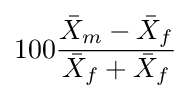
100{\frac {{\bar {X}}_{m}-{\bar {X}}_{f}}{{\bar {X}}_{f}+{\bar {X}}_{f}}}